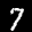
Label: 7